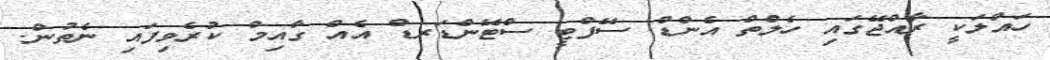
ހައްލަކީ ރާއްޖޭގައި ހެލްތް އެންޑް ސޭފްޓީ ސްޓޭންޑަރޑް އެއް ގާއިމް ކުރެވިފައި ނެތުން.